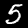
Label: 5